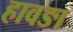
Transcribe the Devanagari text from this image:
हावङा